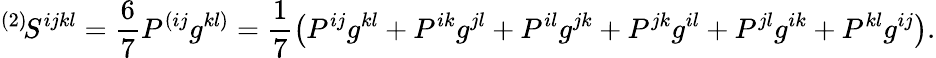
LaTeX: {}^{(2)}\! S^{ijkl}=\frac 67P^{(ij}g^{kl)}=\frac 17\left(P^{ij}g^{kl}+P^{ik}g^{jl}+P^{il}g^{jk}+P^{jk}g^{il}+P^{jl}g^{ik}+P^{kl}g^{ij}\right).